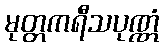
မုတ္တကရီသပုဏ္ဏံ